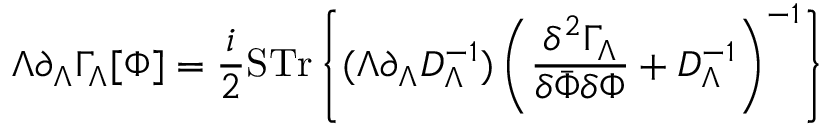
\Lambda \partial _ { \Lambda } \Gamma _ { \Lambda } [ \Phi ] = \frac { i } { 2 } \mathrm { S T r } \left\{ ( \Lambda \partial _ { \Lambda } { \cal D } _ { \Lambda } ^ { - 1 } ) \left( \frac { \delta ^ { 2 } \Gamma _ { \Lambda } } { \delta \bar { \Phi } \delta \Phi } + { \cal D } _ { \Lambda } ^ { - 1 } \right) ^ { - 1 } \right\}